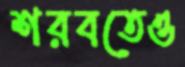
শরবতেও